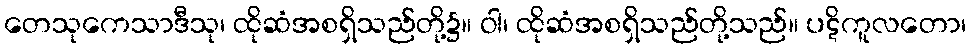
တေသုကေသာဒီသု၊ ထိုဆံအစရှိသည်တို့၌။ ဝါ၊ ထိုဆံအစရှိသည်တို့သည်။ ပဋိကူလတော၊